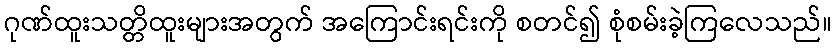
ဂုဏ်ထူးသတ္တိထူးများအတွက် အကြောင်းရင်းကို စတင်၍ စုံစမ်းခဲ့ကြလေသည်။